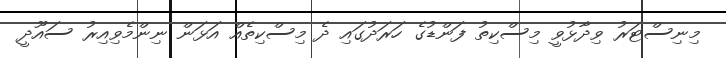
މިނިސްޓަރު ވިދާޅުވީ މިސްކިތު ފަންޑުގެ ހަރަދުގައި ދެ މިސްކިތެއް އަޅަން ނިންމެވިއިރު ސައޫދީ